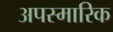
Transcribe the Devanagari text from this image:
अपस्मारिक